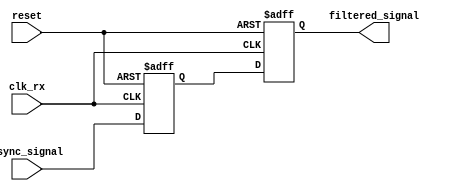
module meta_stability_filter (
    input wire clk_rx,           // Receiving clock domain
    input wire reset,            // Asynchronous reset
    input wire async_signal,     // Incoming asynchronous signal
    output reg filtered_signal    // Filtered output signal
);

    // Internal signals for the dual flip-flop synchronizer
    reg ff1_out;                // Output of the first flip-flop

    // First flip-flop (FF1)
    always @(posedge clk_rx or posedge reset) begin
        if (reset) begin
            ff1_out <= 1'b0;    // Initialize to known state on reset
        end else begin
            ff1_out <= async_signal; // Sample async_signal
        end
    end

    // Second flip-flop (FF2)
    always @(posedge clk_rx or posedge reset) begin
        if (reset) begin
            filtered_signal <= 1'b0; // Initialize to known state on reset
        end else begin
            filtered_signal <= ff1_out; // Sample output of FF1
        end
    end

endmodule